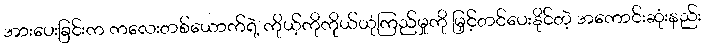
အားပေးခြင်းက ကလေးတစ်ယောက်ရဲ့ ကိုယ့်ကိုကိုယ်ယုံကြည်မှုကို မြှင့်တင်ပေးနိုင်တဲ့ အကောင်းဆုံးနည်း